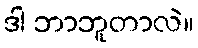
ဒါ ဘာဘူတာလဲ။